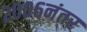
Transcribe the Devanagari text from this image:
२००६नंतर